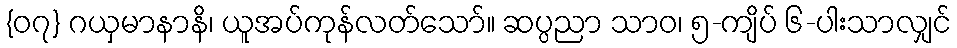
{၀၇} ဂယှမာနာနိ၊ ယူအပ်ကုန်လတ်သော်။ ဆပ္ပညာ သာဝ၊ ၅-ကျိပ် ၆-ပါးသာလျှင်